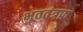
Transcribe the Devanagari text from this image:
भूततंत्रफ़